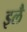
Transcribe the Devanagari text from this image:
इलै